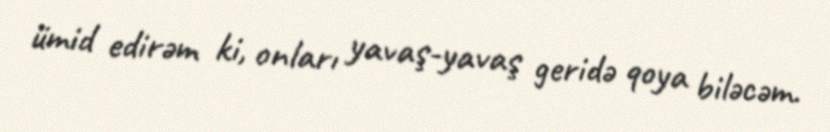
ümid edirəm ki, onları yavaş-yavaş geridə qoya biləcəm.